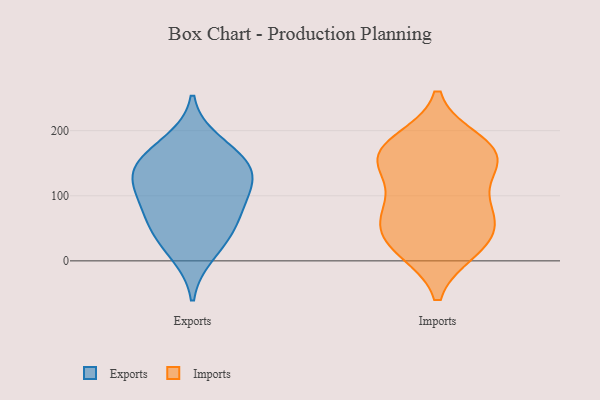
{"axis": {"x": "Page Views", "y": "Value"}, "legend": ["Exports", "Imports"], "data": [{"x": "", "y": 130, "type": "Exports"}, {"x": "", "y": 44, "type": "Exports"}, {"x": "", "y": 77, "type": "Exports"}, {"x": "", "y": 10, "type": "Exports"}, {"x": "", "y": 49, "type": "Exports"}, {"x": "", "y": 158, "type": "Exports"}, {"x": "", "y": 141, "type": "Exports"}, {"x": "", "y": 144, "type": "Exports"}, {"x": "", "y": 183, "type": "Exports"}, {"x": "", "y": 94, "type": "Exports"}, {"x": "", "y": 109, "type": "Exports"}, {"x": "", "y": 167, "type": "Imports"}, {"x": "", "y": 52, "type": "Imports"}, {"x": "", "y": 26, "type": "Imports"}, {"x": "", "y": 25, "type": "Imports"}, {"x": "", "y": 146, "type": "Imports"}, {"x": "", "y": 161, "type": "Imports"}, {"x": "", "y": 18, "type": "Imports"}, {"x": "", "y": 182, "type": "Imports"}, {"x": "", "y": 83, "type": "Imports"}, {"x": "", "y": 148, "type": "Imports"}, {"x": "", "y": 168, "type": "Imports"}, {"x": "", "y": 74, "type": "Imports"}, {"x": "", "y": 78, "type": "Imports"}]}